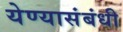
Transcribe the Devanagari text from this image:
येण्यासंबंधी